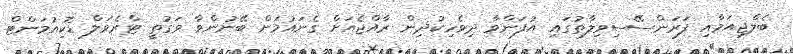
ބެލްޖިއަމާއި ފަރަންސޭސިވިލާތުގައި އުފަންވާ ދިވެހިކުދިން ރާއްޖެއަށް ގެނައުމަށް ބޭނުންވާ ވަގުތީ ޓްރެވަލް ޑޮކިއުމަންޓް